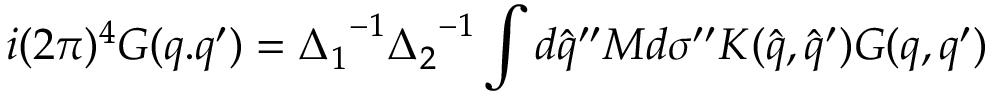
i ( 2 \pi ) ^ { 4 } G ( q . q ^ { \prime } ) = { \Delta _ { 1 } } ^ { - 1 } { \Delta _ { 2 } } ^ { - 1 } \int d { \hat { q } } ^ { \prime \prime } M d { \sigma } ^ { \prime \prime } K ( { \hat { q } } , { \hat { q } ^ { \prime } } ) G ( q , q ^ { \prime } )